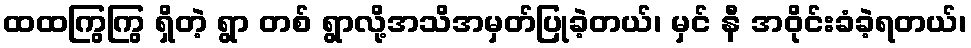
ထထကြွကြွ ရှိတဲ့ ရွာ တစ် ရွာလို့အသိအမှတ်ပြုခဲ့တယ်၊ မှင် နီ အဝိုင်းခံခဲ့ရတယ်၊